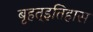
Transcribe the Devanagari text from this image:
बृहत्इतिहास